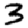
Digit: 3